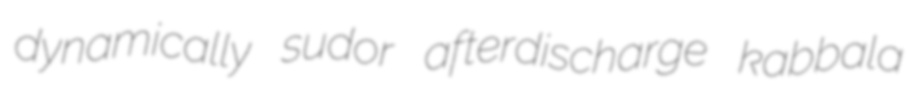
dynamically sudor afterdischarge kabbala